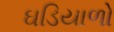
ઘડિયાળો